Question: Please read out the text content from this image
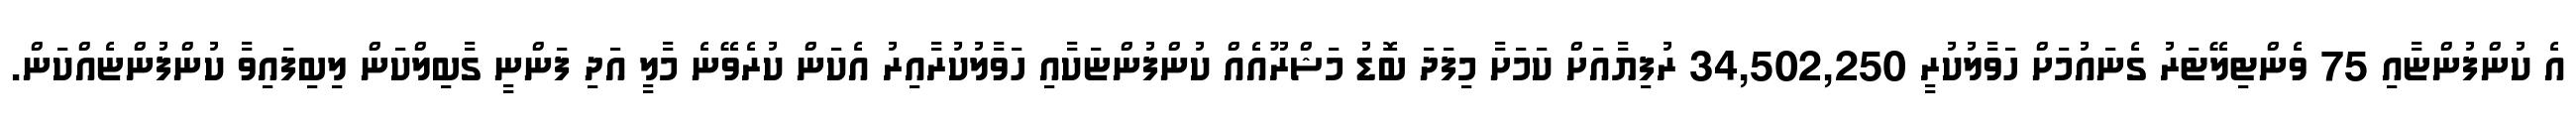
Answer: އެ ކުންފުންޏާއި 75 ވެންޓިލޭޓަރު ގެނައުމަށް ހަވާލުކުރީ 34,502,250 ރުފިޔާއަށް ކަމަށާ މިފަދަ ބޮޑު މަޝްރޫއެއް ކުންފުންޏަކާއި ހަވާލުކުރާއިރު އެކަން ކުރެވޭނެ މާލީ އަދި ފަންނީ ގާބިލްކަން ލިބިފައިވާ ކުންފުންޏެއްކަން.